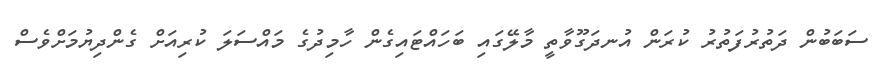
ސަބަބުން ދަތުރުފަތުރު ކުރަން އުނދަގޫވާތީ މާލޭގައި ބަހައްޓައިގެން ހާމިދުގެ މައްސަލަ ކުރިއަށް ގެންދިޔުމަށްވެސް